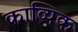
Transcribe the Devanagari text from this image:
काव्यिक